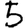
Digit: 5